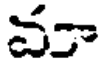
వా